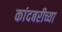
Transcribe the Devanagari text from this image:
कांदबरीच्या